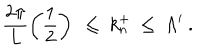
LaTeX: \frac { 2 \pi } { L } \left( \frac { 1 } { 2 } \right) ~ \leq ~ k _ { n } ^ { + } ~ \leq ~ \Lambda ^ { \prime } ~ .